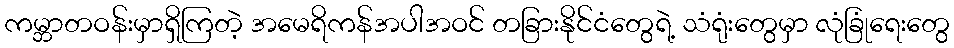
ကမ္ဘာတဝန်းမှာရှိကြတဲ့ အမေရိကန်အပါအဝင် တခြားနိုင်ငံတွေရဲ့ သံရုံးတွေမှာ လုံခြုံရေးတွေ